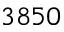
3 8 5 0